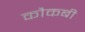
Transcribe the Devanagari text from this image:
कौकबी